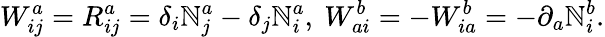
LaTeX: W_{ij}^{a}=R_{ij}^{a}=\delta_{i}\mathbb{N}_{j}^{a}-\delta_{j}\mathbb{N}_{i}^{a},~W_{ai}^{b}=-W_{ia}^{b}=-\partial_{a}\mathbb{N}_{i}^{b}.